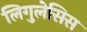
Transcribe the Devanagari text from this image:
लिगुलेसिस